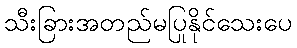
သီးခြားအတည်မပြုနိုင်သေးပေ